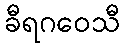
ခီရဂဝေသီ